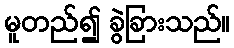
မူတည်၍ ခွဲခြားသည်။